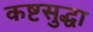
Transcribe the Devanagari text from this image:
कष्टसुद्धा